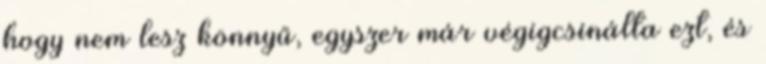
hogy nem lesz könnyű, egyszer már végigcsinálta ezt, és